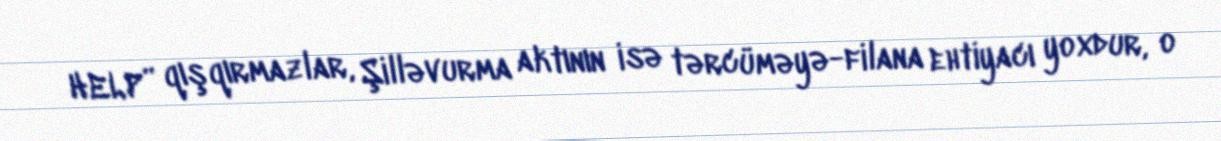
HELP” qışqırmazlar, Şilləvurma aktının isə tərcüməyə-filana ehtiyacı yoxdur, o